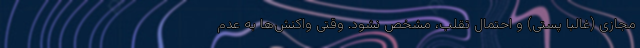
مجازی (غالباً پستی) و احتمال تقلب، مشخص نشود. وقتی واکنش‌ها به عدم